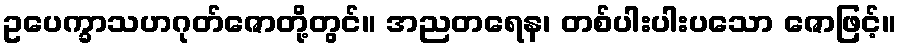
ဥပေက္ခာသဟဂုတ်ဇောတို့တွင်။ အညတရေန၊ တစ်ပါးပါးပသော ဇောဖြင့်။